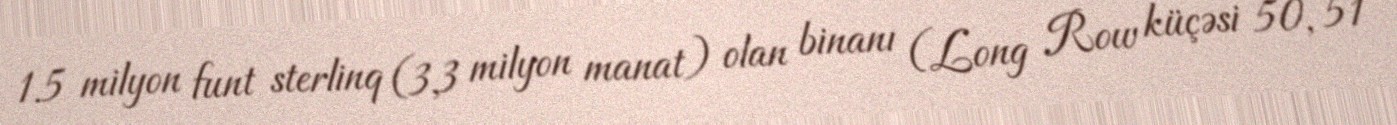
1.5 milyon funt sterlinq (3,3 milyon manat) olan binanı (Long Row küçəsi 50, 51